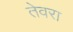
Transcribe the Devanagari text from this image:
तेवरा